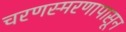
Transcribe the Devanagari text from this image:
चरणस्मरणापासून